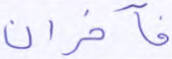
فآخران